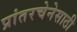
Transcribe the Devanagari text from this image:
प्रांतरचेनेसाठी